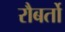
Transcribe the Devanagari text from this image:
रौबर्तो